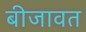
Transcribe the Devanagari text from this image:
बीजावत